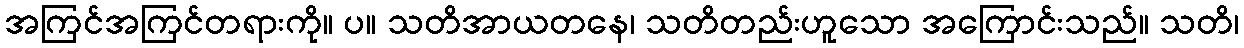
အကြင်အကြင်တရားကို။ ပ။ သတိအာယတနေ၊ သတိတည်းဟူသော အကြောင်းသည်။ သတိ၊